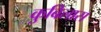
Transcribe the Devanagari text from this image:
कुबिलास